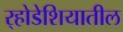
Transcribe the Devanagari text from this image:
र्‍होडेशियातील